Report on the working of the Ranchi Indian Mental Hospital, Kanke, in Bihar and Orissa - 1930-1940
Year: 1930
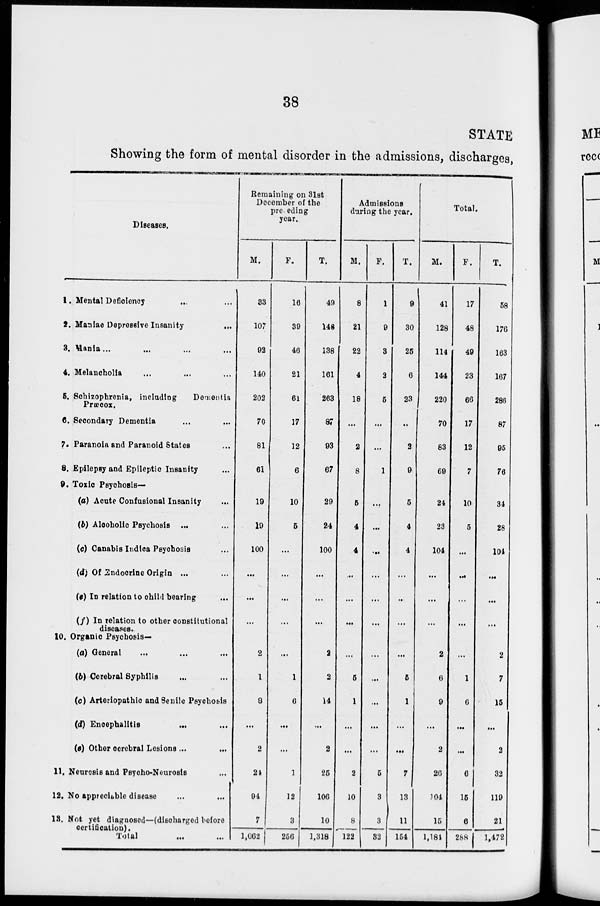
38
STATE
Showing the form of mental disorder in the admissions, discharges,
Diseases.
1. Mental Deficiency ... ...
2. Maniac Depressive Insanity
...
3. Mania... ... ... ...
4. Melancholia ... ... ...
6. Schizophrenia, including
Dementia
Præcox.
6. Secondary Dementia ... ...
7. Paranoia and Paranoid States ...
8. Epilepsy and Epileptic Insanity ...
9. Toxic Psychosis—
(a) Acute Confusional Insanity ...
(b) Alcoholic Psychosis ... ...
(c) Canabis Indica Psychosis ...
(d) Of Endocrine Origin ...
(e) In relation to child bearing
(f) In relation to other constitutional
diseases.
10. Organic Psychosis-
(a) General ... ... ...
(b) Cerebral Syphilis ... ...
(c) Arteriopathic and Senile Psyohosis
(d) Encephalitis ... ...
(e) Other cerebral Lesions ... ...
11. Neurosis and Psycho-Neurosis ...
12. No appreciable disease ... ...
18. Not yet diagnosed—(discharged before
certification).
Total
... ...
Remaining on 31st
December of the
preceding
year.
M.
33
107
92
140
202
70
81
61
19
19
100
...
...
...
2
1
8
...
2
24
94
7
1,062
F.
16
39
46
21
61
17
12
6
10
5
...
...
...
...
...
1
6
...
...
1
12
3
256
T.
49
146
138
161
263
87
93
67
29
24
100
...
...
...
2
2
14
...
2
25
106
10
1,318
Admissions
during the year.
M.
8
21
22
4
18
...
2
8
6
4
4
...
...
...
...
5
1
...
...
2
10
8
122
F.
1
9
3
2
6
...
...
1
...
...
...
...
...
...
...
...
...
...
...
5
3
3
32
T.
9
30
25
6
23
...
2
9
6
4
4
...
...
...
...
5
1
...
...
7
13
11
154
Total.
M.
41
128
114
144
220
70
83
69
24
23
104
...
...
...
2
6
9
...
2
26
104
15
1,184
F.
17
48
49
23
66
17
12
7
10
5
...
...
...
...
...
1
6
...
...
6
15
6
288
T.
58
176
163
167
286
87
95
76
34
28
104
...
...
...
2
7
15
...
2
32
119
21
1,472